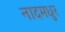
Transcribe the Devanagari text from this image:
नादमधुर